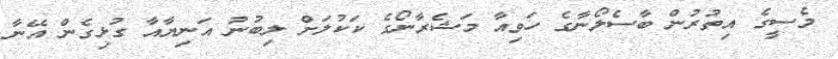
މެސީގެ އިތުރުން ބާސެލޯނާގެ ހަވިއާ މަޝެރާނޯގެ ކަކުލަށް ލިބުނު އަނިޔާއާ ގުޅިގެން އޭނާ